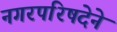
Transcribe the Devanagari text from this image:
नगरपरिषदेने